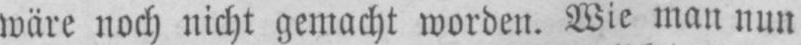
wäre noch nicht gemacht worden. Wie man nun